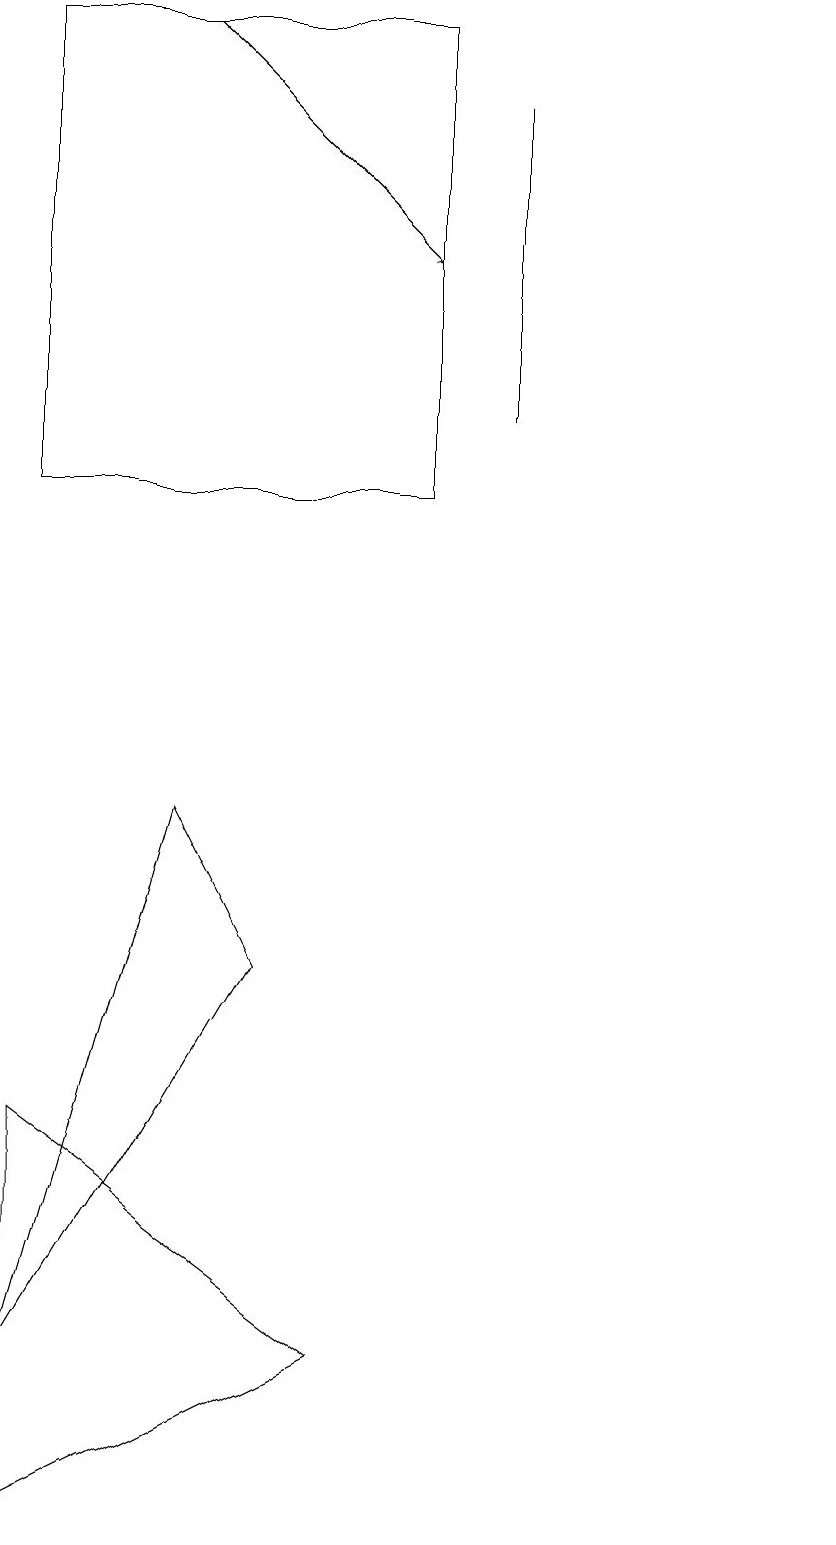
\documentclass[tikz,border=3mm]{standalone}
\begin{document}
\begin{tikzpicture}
\draw (1,5) -- (1,0) -- (5,2) -- cycle;
\draw (11,10) circle (0);
\draw (1,13) rectangle (6,19);
\draw (7,18) rectangle (7,14);
\draw[->] (3,19) -- (6,16);
\draw (1,2) -- (4,7) -- (3,9) -- cycle;
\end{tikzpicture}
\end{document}